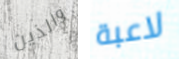
والذين لاعبة